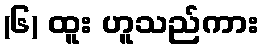
(၆) ထူး ဟူသည်ကား